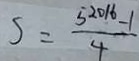
S = \frac { 5 ^ { 2 0 1 6 } - 1 } { 4 }